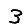
Digit: 3